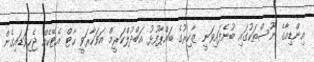
އިންޑިއާގެ ނޫސްތަކުގައި ބުނެފައިވަނީ ޒާކިރުގެ ބައްޕާފުޅު އަބްދުލްކަރީމް އަވަހާރަވީ ހާޓް އެޓޭކެއް ޖެހިވަޑައިގެން